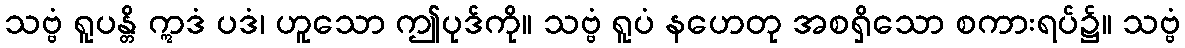
သဗ္ဗံ ရူပန္တိ ဣဒံ ပဒံ၊ ဟူသော ဤပုဒ်ကို။ သဗ္ဗံ ရူပံ နဟေတု အစရှိသော စကားရပ်၌။ သဗ္ဗံ